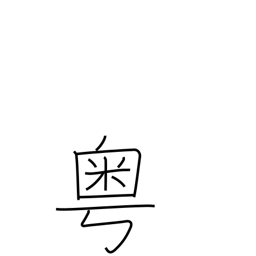
Meaning: alas